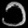
Digit: ၁